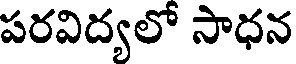
పరవిద్యలో సాధన